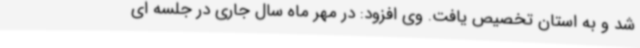
شد و به استان تخصیص یافت. وی افزود: در مهر ماه سال جاری در جلسه ای